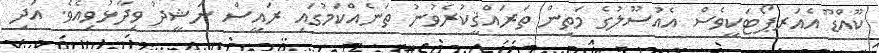
ކޫއްޑޫ އެއަރޕޯޓަކީވެސް އެއުސޫލުގެ މަތިން ތަރައްޤީކުރެވުނު ތަނެއްކަމުގައި ރައީސް ނަޝީދު ވިދާޅުވިއެވެ. އަދި